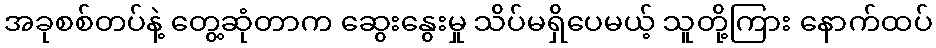
အခုစစ်တပ်နဲ့ တွေ့ဆုံတာက ဆွေးနွေးမှု သိပ်မရှိပေမယ့် သူတို့ကြား နောက်ထပ်